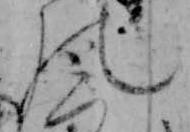
の